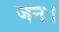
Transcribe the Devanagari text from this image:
जन।